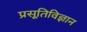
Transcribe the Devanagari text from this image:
प्रसूतिविज्ञान